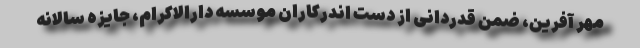
مهر آفرین، ضمن قدردانی از دست اندرکاران موسسه دارالاکرام، جایزه سالانه